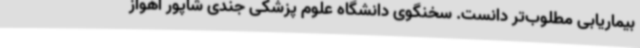
بیماریابی مطلوب‌تر دانست. سخنگوی دانشگاه علوم پزشکی جندی شاپور اهواز